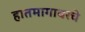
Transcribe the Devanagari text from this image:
हातमागावरचे